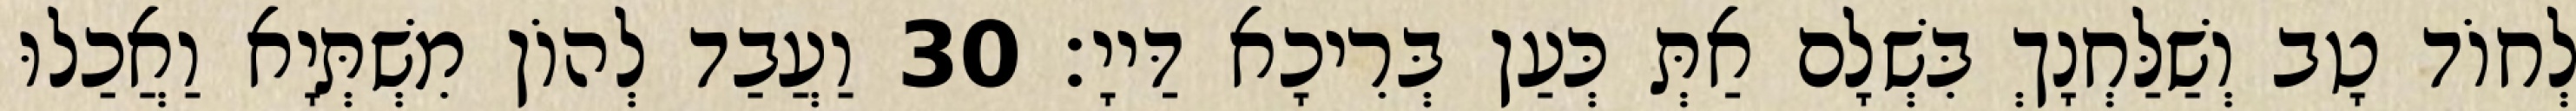
לְחוֹד טָב וְשַׁלַּחְנָךְ בִּשְׁלָם אַתְּ כְּעַן בְּרִיכָא דַּייָ׃ 30 וַעֲבַד לְהוֹן מִשְׁתְּיָא וַאֲכַלוּ